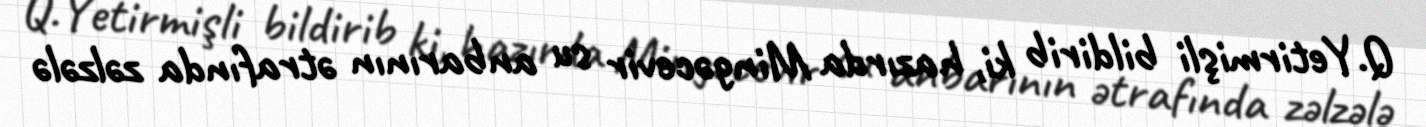
Q.Yetirmişli bildirib ki, hazırda Mingəcevir su anbarının ətrafında zəlzələ